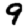
Digit: 9